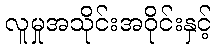
လူမှုအသိုင်းအဝိုင်းနှင့်